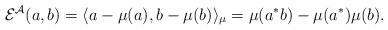
LaTeX: \begin{gather*}{\mathcal E}^{\mathcal A}(a, b)=\langle a-\mu(a), b-\mu(b)\rangle_\mu=\mu(a^*b)-\mu(a^*)\mu(b).\end{gather*}